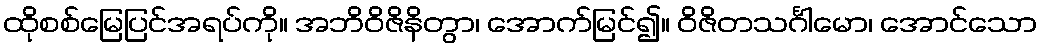
ထိုစစ်မြေပြင်အရပ်ကို။ အဘိဝိဇိနိတွာ၊ အောက်မြင်၍။ ဝိဇိတသင်္ဂါမော၊ အောင်သော